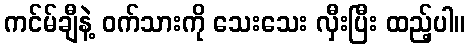
ကင်မ်ချီနဲ့ ဝက်သားကို သေးသေး လှီးပြီး ထည့်ပါ။